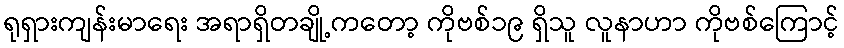
ရုရှားကျန်းမာရေး အရာရှိတချို့ကတော့ ကိုဗစ်၁၉ ရှိသူ လူနာဟာ ကိုဗစ်ကြောင့်